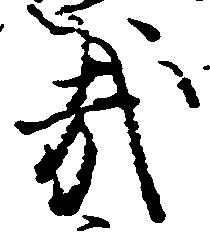
哉